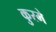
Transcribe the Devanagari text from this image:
कुरमे